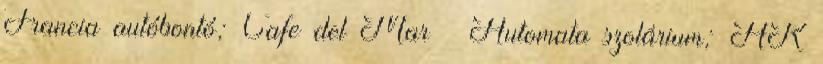
Francia autóbontó; Cafe del Mar – Automata szolárium; HK